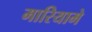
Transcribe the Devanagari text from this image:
मारियामे